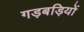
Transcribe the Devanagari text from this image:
गड़बड़ियों